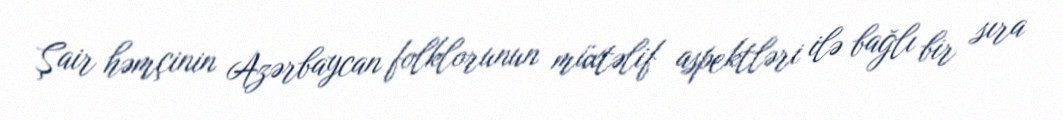
Şair həmçinin Azərbaycan folklorunun müxtəlif aspektləri ilə bağlı bir sıra